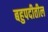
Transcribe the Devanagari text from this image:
बहुपदीतील